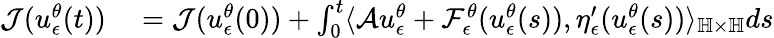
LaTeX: \begin{array}{rl}{\mathcal{J}(u_{\epsilon}^{\theta}(t))}&{{}=\mathcal{J}(u_{\epsilon}^{\theta}(0))+\int_{0}^{t}\langle\mathcal{A}u_{\epsilon}^{\theta}+\mathcal{F}_{\epsilon}^{\theta}(u_{\epsilon}^{\theta}(s)),\eta_{\epsilon}^{\prime}(u_{\epsilon}^{\theta}(s))\rangle_{\mathbb{H}\times\mathbb{H}}ds}\end{array}